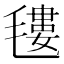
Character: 𣯫